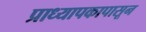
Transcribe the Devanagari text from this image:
प्राध्यापकापासून